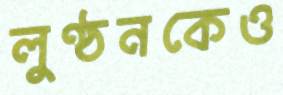
লুণ্ঠনকেও